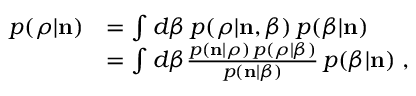
\begin{array} { r l } { p ( \boldsymbol { \rho } | { \bf n } ) } & { = \int d \beta \, p ( \boldsymbol { \rho } | { \bf n } , \beta ) \, p ( \beta | { \bf n } ) } \\ & { = \int d \beta \frac { p ( { \bf n } | \boldsymbol { \rho } ) \, { p } ( \boldsymbol { \rho } | \beta ) } { p ( { \bf n } | \beta ) } \, p ( \beta | { \bf n } ) \; , } \end{array}